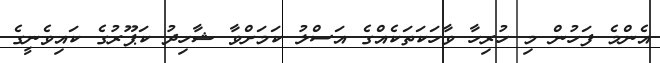
އެންމެ ފަހުން މި ހުރިހާ ވާހަކަތަކެއްގެ އަސްލު ކަމަށްވާ ޝާހިދު ކަޕޫރުގެ ކައިވެނީގެ